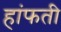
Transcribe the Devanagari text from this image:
हांफती